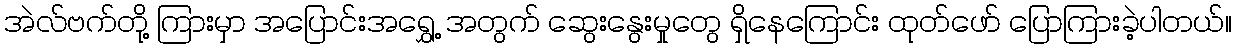
အဲလ်ဗက်တို့ ကြားမှာ အပြောင်းအရွှေ့ အတွက် ဆွေးနွေးမှုတွေ ရှိနေကြောင်း ထုတ်ဖော် ပြောကြားခဲ့ပါတယ်။